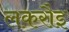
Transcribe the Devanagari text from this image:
लकरौइ